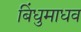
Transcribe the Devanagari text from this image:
बिंधुमाधव